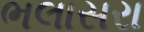
ભલાસરા